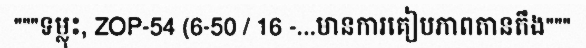
"""ទម្លុះ, ZOP-54 (6-50 / 16 -...មានការគៀបភាពតានតឹង"""